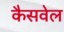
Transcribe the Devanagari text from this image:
कैसवेल